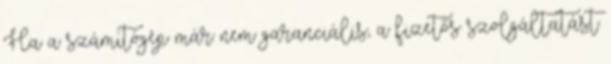
Ha a számítógép már nem garanciális, a fizetős szolgáltatást